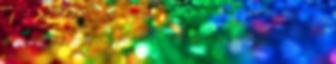
került. 3-1. Az 52. percben Boda került helyzetbe, előbb